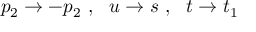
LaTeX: p _ { 2 } \rightarrow - p _ { 2 } \ , \ \ u \rightarrow s \ , \ \ t \rightarrow t _ { 1 }